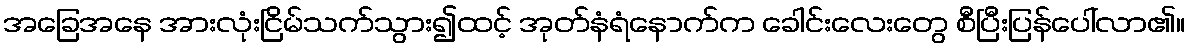
အခြေအနေ အားလုံးငြိမ်သက်သွား၍ထင့် အုတ်နံရံနောက်က ခေါင်းလေးတွေ စီပြီးပြန်ပေါ်လာ၏။